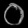
Digit: ၀